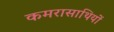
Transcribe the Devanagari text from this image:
कमरासाथियों